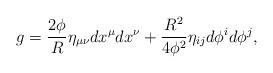
\begin{align*}g=\frac{2\phi}{R} \eta_{\mu\nu} dx^\mu dx^\nu+\frac{R^2}{4\phi^2}\eta_{ij} d\phi^i d\phi^j,\end{align*}